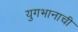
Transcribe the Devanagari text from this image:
युगभानाची